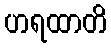
ဟရထာတိ